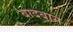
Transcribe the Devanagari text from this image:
बादबान